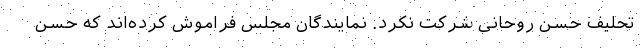
تحلیف حسن روحانی شرکت نکرد. نمایندگان مجلس فراموش کرده‌اند که حسن